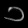
Digit: ၁